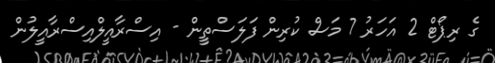
ގެ ރިޕޯޓް 2 އަހަރު 7 މަސް ކުރިން ފަލަސްތީން - އިސްރާއީލްއިސްރާއީލުން